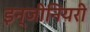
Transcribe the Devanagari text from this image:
इन्जीनियरी